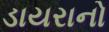
ડાયરાનો